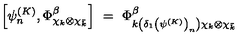
\left[ \psi _ { n } ^ { ( K ) } , \Phi _ { \chi _ { k } \otimes \chi _ { \bar { k } } } ^ { \beta } \right] \ = \ \Phi _ { k \left( \delta _ { 1 } \left( \psi ^ { ( K ) } \right) _ { n } \right) \chi _ { k } \otimes \chi _ { \bar { k } } } ^ { \beta }